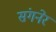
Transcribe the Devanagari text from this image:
संगनेर